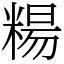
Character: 糃